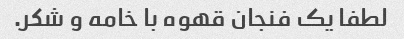
لطفا یک فنجان قهوه با خامه و شکر.